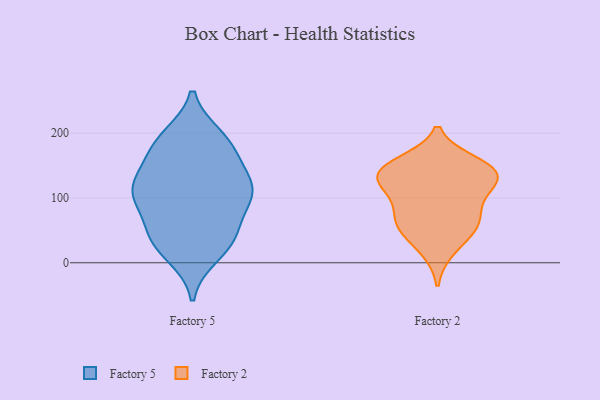
{"axis": {"x": "Humidity (%)", "y": "Value"}, "legend": ["Factory 2", "Factory 5"], "data": [{"x": "", "y": 106, "type": "Factory 5"}, {"x": "", "y": 184, "type": "Factory 5"}, {"x": "", "y": 13, "type": "Factory 5"}, {"x": "", "y": 110, "type": "Factory 5"}, {"x": "", "y": 104, "type": "Factory 5"}, {"x": "", "y": 193, "type": "Factory 5"}, {"x": "", "y": 103, "type": "Factory 5"}, {"x": "", "y": 29, "type": "Factory 5"}, {"x": "", "y": 118, "type": "Factory 5"}, {"x": "", "y": 172, "type": "Factory 5"}, {"x": "", "y": 50, "type": "Factory 5"}, {"x": "", "y": 111, "type": "Factory 5"}, {"x": "", "y": 40, "type": "Factory 5"}, {"x": "", "y": 183, "type": "Factory 5"}, {"x": "", "y": 140, "type": "Factory 5"}, {"x": "", "y": 44, "type": "Factory 5"}, {"x": "", "y": 63, "type": "Factory 2"}, {"x": "", "y": 60, "type": "Factory 2"}, {"x": "", "y": 72, "type": "Factory 2"}, {"x": "", "y": 50, "type": "Factory 2"}, {"x": "", "y": 130, "type": "Factory 2"}, {"x": "", "y": 141, "type": "Factory 2"}, {"x": "", "y": 107, "type": "Factory 2"}, {"x": "", "y": 135, "type": "Factory 2"}, {"x": "", "y": 20, "type": "Factory 2"}, {"x": "", "y": 154, "type": "Factory 2"}, {"x": "", "y": 140, "type": "Factory 2"}, {"x": "", "y": 106, "type": "Factory 2"}, {"x": "", "y": 145, "type": "Factory 2"}]}